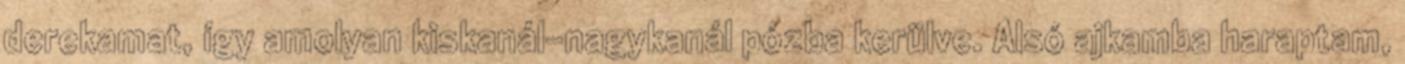
derekamat, így amolyan kiskanál-nagykanál pózba kerülve. Alsó ajkamba haraptam,